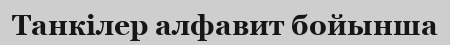
Танкілер алфавит бойынша